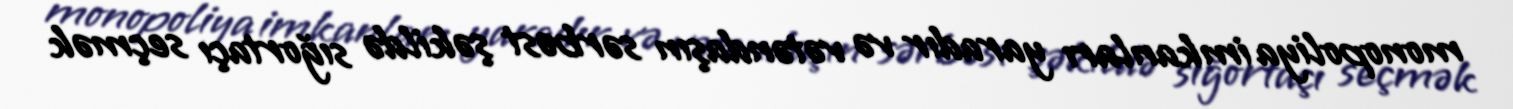
monopoliya imkanları yaradır və vətəndaşın sərbəst şəkildə sığortaçı seçmək